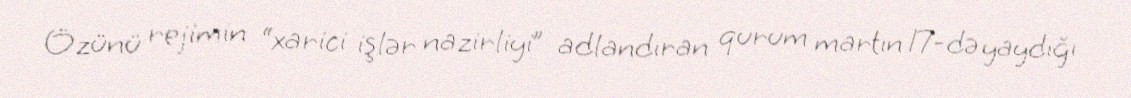
Özünü rejimin “xarici işlər nazirliyi” adlandıran qurum martın 17-də yaydığı